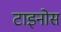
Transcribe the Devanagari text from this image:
टाइनोस